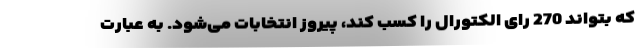
که بتواند 270 رای الکتورال را کسب کند، پیروز انتخابات می‌شود. به عبارت